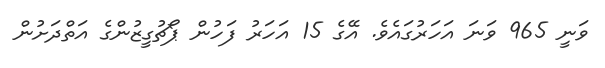
ވަނީ 965 ވަނަ އަހަރުގައެވެ. އޭގެ 15 އަހަރު ފަހުން ޕޯޗުގީޒުންގެ އަތްދަށުން